Elephants and their diseases
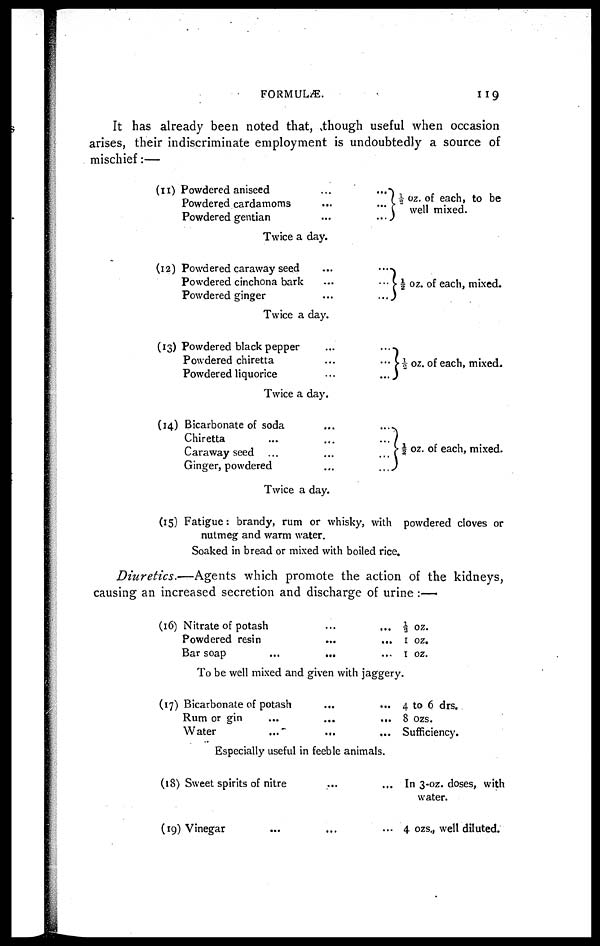
FORMULÆ.
119
It has already been noted that, though useful when occasion
arises, their indiscriminate employment is undoubtedly a source of
mischief:—
(11)
(12)
(13)
(14)
(15)
Powdered aniseed
Powdered cardamoms
Powdered gentian
...
...
...
...
...}
...
½ oz. of each, to be
well mixed.
Twice a day.
Powdered caraway seed
Powdered cinchona bark
Powdered ginger
...
...
...
...
...}
...
½ oz. of each, mixed.
Twice a day.
Powdered black pepper
Powdered chiretta
Powdered liquorice
...
...
...
...
...}
...
½ oz. of each, mixed.
Twice a day.
Bicarbonate of soda
Chiretta
Caraway seed
Ginger, powdered
...
...
...
...
...
...
...
...
½ oz. of each, mixed.
Twice a day.
Fatigue: brandy, rum or whisky, with powdered cloves or
nutmeg and warm water.
Soaked in bread or mixed with boiled rice.
Diuretics.—Agents which promote the action of the kidneys,
causing an increased secretion and discharge of urine :—
(16)
(17)
(18)
(19)
Nitrate of potash
Powdered resin
Bar soap
...
...
...
...
...
...
½ oz.
1 oz.
1 oz.
To be well mixed and given with jaggery.
Bicarbonate of potash
Rum or gin
Water
...
...
...
...
...
...
4 to 6 drs.
8 ozs.
Sufficiency.
Especially useful in feeble animals.
Sweet spirits of nitre
Vinegar
...
...
...
...
In 3-oz. doses, with
water.
4 ozs., well diluted.